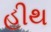
હીથ